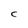
Character: C